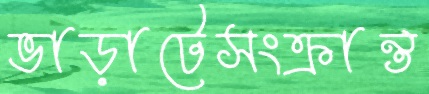
ভাড়াটেসংক্রান্ত